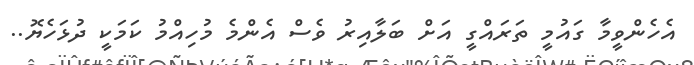
އެހެންވީމާ ގައުމީ ތަރައްގީ އަށް ބަލާއިރު ވެސް އެންމެ މުހިއްމު ކަމަކީ ދުޅަހެޔޮ..